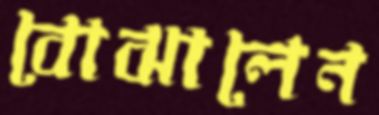
বোঝালেন